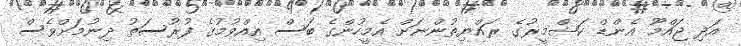
އަދި ޖައްމޫ އެންޑް ކަޝްމީރުގެ ރައްޔިތުންނަށް އެމީހުންގެ ބަސް އިއްވުމުގެ ފުރުސަތު ދިނުމަށްވެސް